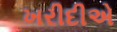
ખરીદીએ